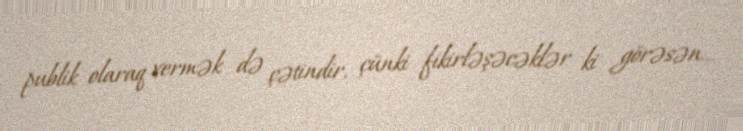
publik olaraq vermək də çətindir, çünki fikirləşəcəklər ki görəsən...